[Report on the health of British troops in the Madras command]
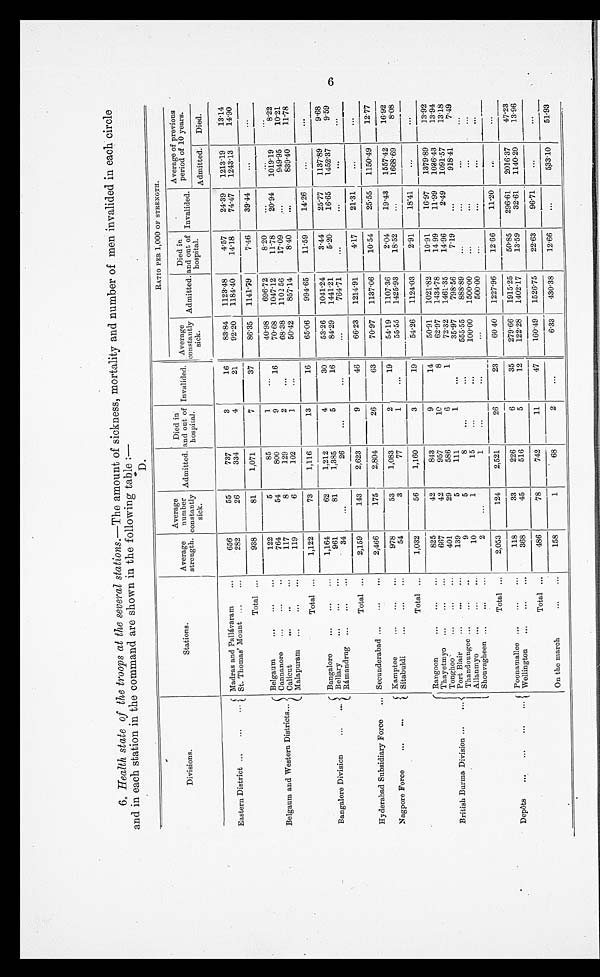
6. Health state of the troops at the several stations.—The amount of sickness, mortality and number of men invalided in each circle
and in each station in the command are shown in the following table
D.
Divisions.
Stations.
Average
strength.
Average
constantly
sick.
Admitted.
Died in
Die
and out of
hospital.
Invalided.
RATIO PER 1,000 OF STRENGTH.
Average
constantly
sick.
Admitted.
Died in
and out of
hospital.
Invalided.
Average of previous
period of 10 years.
Admitted. Died.
Eastern District ...
. . .
. . .
Madras and Pallávaram
...
656
55
737
3
16
83.84
1123.48
4.57
24.39
1213.19
13.14
St. Thomas Mount ..
...
282
26
334
4
21
92.20
1184.40
14.18
74.47 1243.13
14.90
Total ...
938
81
1,071
7
37
86.35
1141.79
7.46
39.44
... ... ...
Belgaum and Western Districts...
Belgaum
... ... ...
122
5
85
1
...
40.98
696.72
8.20
. . .
... ...
Cannanore
...
...
..
764
54
800
9
16
70.68
1047.12
11.78
20.94
1019.19
8.22
Calicut
.
...
117
8
129
2
...
68.38
1102 56
17.09
949.95
10.21
Malapuram ...
...
...
119
6
102
1
...
50.42
857.14
8.40
...
839.40
11.78
Total ...
1,122
73
1,116
13
16
65.06
994.65
11.59
14.26
...
...
Bangalore Division
...
...
Bangalore
...
...
...
1,164
62
1,212
4
30
53.26
1041.24
3.44
25.77
1137.89
9.68
Bellary
...
...
...
961
81
1,385
5
16
84.29
144121
5.20
16.65
1452.37
9.59
Rámandrug
... ...
...
34
...
26
...
...
...
764.71
... ... ... ...
Total
....
2,159
143
2,623
9
46
66.23
1214.91
4.17
21.31
... ...
Hyderabad Subsidiary Force
...
Secunderabad ...
...
...
2,466
175
2,804
26
63
70.97
1137.06
10.54
25.55
1150.49
12.77
Nagpore Force
... ...
. . .
K S at
Kamptee ...
... ... ...
978
53
1,083
2
19
54.19
1107.36
2.04
19.43
1557.42
16.92
Si t abul di . . . . . .
... ...
54
3
77
1
...
55.55
1425.93
18.52
1668.69
8.08
Total
...
1,032
56
1,160
3
19
54.26
1124.03
2.91
18.41
. . .
...
British Burma Division
...
...
Rangoon
...
... ...
825
42
843
9
14
50.91
1021.82
10.91
16.97
1379.89
13.92
Thayetmyo ...
...
...
667
42
957
10
8
62.97
1434.78
14 99
11.99
1086.43
13.94
Tonghoo
...
...
...
401
29
586
6
1
72.32
1461.35
14.96
2.49
1091.57
13.18
Port Blair
...
...
...
139
5
111
1
...
35.97
798.56
7.19
...
918.41
7.49
Thandoungee ...
...
..
9
5
8
...
...
555.55
888.89
... ... ... ...
Allanmyo
...
...
...
10
1
15
...
100.00
1500.00
...
...
...
...
Shouvagheen ...
...
...
2
...
1
...
...
...
500.00
...
...
...
...
Total ...
2,053
124
2,521
26
23
60 40
1227.96
12.66
11.20
. . .
Depôts
...
... ...
...
Poonamallee ...
...
118
33
226
6
35
279.66
1915.25
50.85
296.61
2016.37
47.23
Wellington
... ...
...
368
45
516
5
12
122.28
1402.17
13.59
32.61
1140.20
13.96
Total ...
486
78
742
11
47
160.49
1526.75
22.63
96.71
...
...
On the march
...
...
158
1
68
2
...
6.33
430.38
12.66
...
533.10
51.93